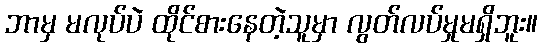
ဘာမှ မလုပ်ပဲ ထိုင်စားနေတဲ့သူမှာ လွတ်လပ်မှုမရှိဘူး။